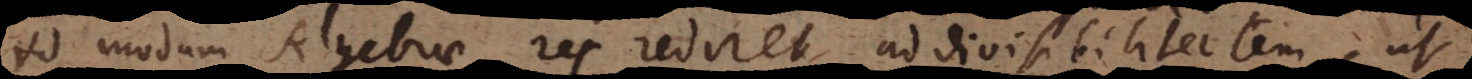
m Algebrae res rediret ad divisibilitatem, ut